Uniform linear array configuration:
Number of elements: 8
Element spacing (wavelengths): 0.5
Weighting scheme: binomial
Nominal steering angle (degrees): -60
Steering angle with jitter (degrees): -61.278
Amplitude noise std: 0.05
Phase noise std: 0.05

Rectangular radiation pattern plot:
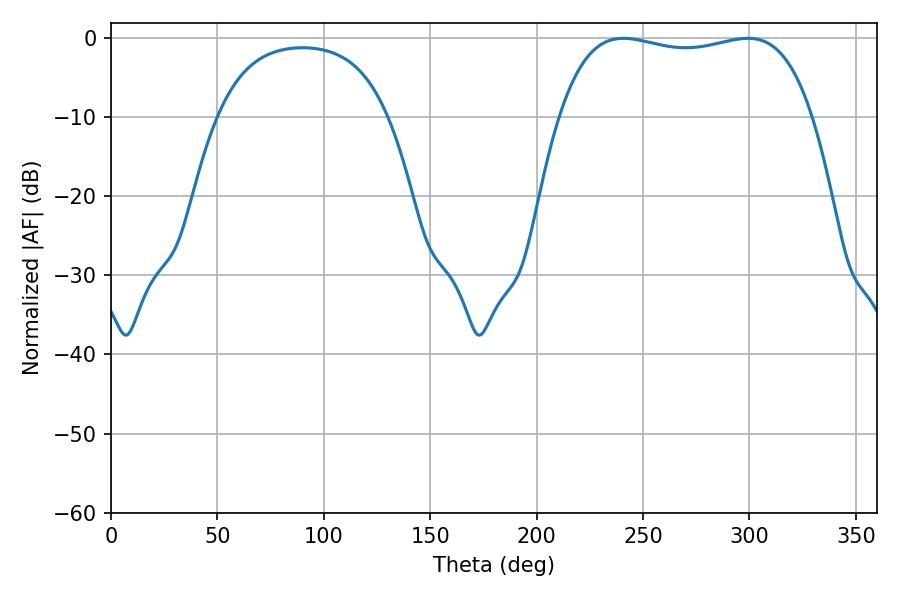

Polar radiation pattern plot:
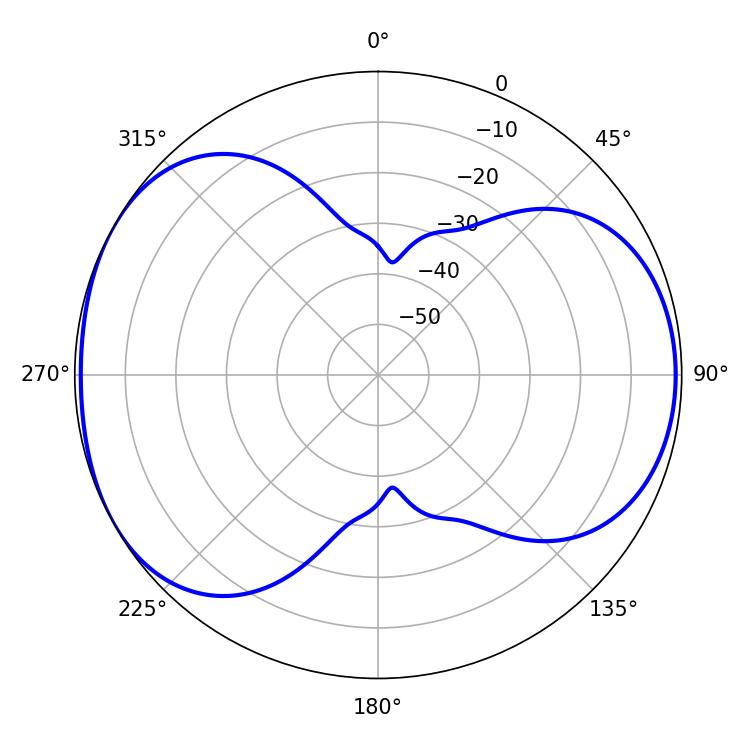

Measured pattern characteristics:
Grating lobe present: FALSE
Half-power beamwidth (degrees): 95.76
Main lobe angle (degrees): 240.66